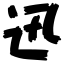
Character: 迅